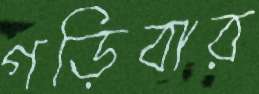
গড়িবার